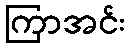
ကြာအင်း